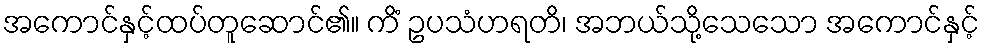
အကောင်နှင့်ထပ်တူဆောင်၏။ ကိံ ဥပသံဟရတိ၊ အဘယ်သို့သေသော အကောင်နှင့်